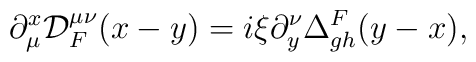
\partial_{\mu}^x{\cal D}^{\mu\nu}_F(x-y)=i\xi\partial_y^{\nu}\Delta^F_{gh}(y-x) ,